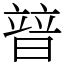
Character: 暜